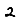
Digit: 2